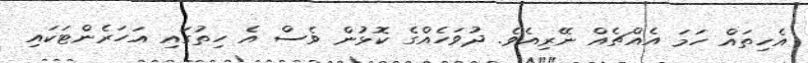
އެހިތައް ހަމަ އެއްޗެއް ނޭރިއެވެ. ދުވަހެއްގެ ކޮޅުން ވެސް އެ ހިތުގައި އަހަރެންޓަކައި